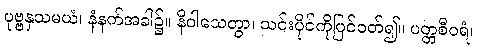
ပုဗ္ဗနှသမယံ၊ နံနက်အခါ၌။ နိဝါသေတွာ၊ သင်းပိုင်ကိုပြင်ဝတ်၍။ ပတ္တစီဝရံ၊